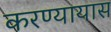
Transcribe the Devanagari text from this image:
करण्यायास